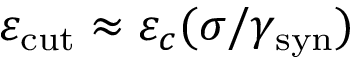
\varepsilon _ { \mathrm { c u t } } \approx \varepsilon _ { c } ( \sigma / \gamma _ { \mathrm { s y n } } )